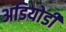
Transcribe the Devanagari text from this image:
अडियोडी